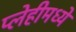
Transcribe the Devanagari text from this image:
प्लेहीमध्ये